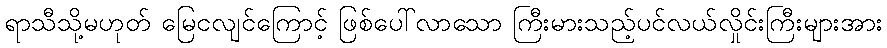
ရာသီသို့မဟုတ် မြေငလျင်ကြောင့် ဖြစ်ပေါ်လာသော ကြီးမားသည့်ပင်လယ်လှိုင်းကြီးများအား